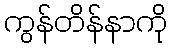
ကွန်တိန်နာကို